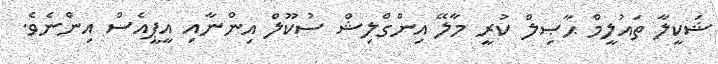
ޝަކީލާ ތައުލީމް ޙާޞިލް ކުރީ މާލޭ އިންގްލިޝް ސުކޫލް އިންނާއި އީޕީއެސް އިންނެވެ.